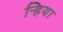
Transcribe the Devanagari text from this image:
ऱ्हिया